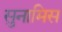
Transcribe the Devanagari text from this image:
सुनामिस